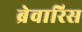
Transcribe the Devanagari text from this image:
ब्रेवारिस